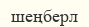
шеңберл